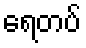
ရေတပ်